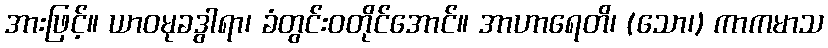
အားဖြင့်။ ယာဝမုခဒွါရာ၊ ခံတွင်းဝတိုင်အောင်။ အာဟာရေတိ၊ (သော၊) ကာကမာသ